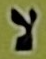
لا